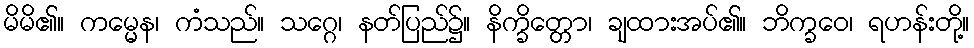
မိမိ၏။ ကမ္မေန၊ ကံသည်။ သဂ္ဂေ၊ နတ်ပြည်၌။ နိက္ခိတ္တော၊ ချထားအပ်၏။ ဘိက္ခဝေ၊ ရဟန်းတို့။